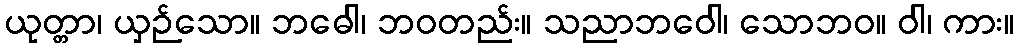
ယုတ္တာ၊ ယှဉ်သော။ ဘဓေါ၊ ဘဝတည်း။ သညာဘဝေါ၊ သောဘဝ။ ဝါ၊ ကား။